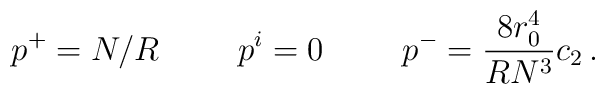
p^+ = N/R \hskip 1.0 cm p^i = 0 \hskip 1.0 cm p^- = {8 r_0^4 \over R N^3} c_2 \,.